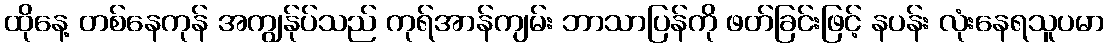
ထိုနေ့ တစ်နေကုန် အကျွန်ုပ်သည် ကုရ်အာန်ကျမ်း ဘာသာပြန်ကို ဖတ်ခြင်းဖြင့် နပန်း လုံးနေရသူပမာ